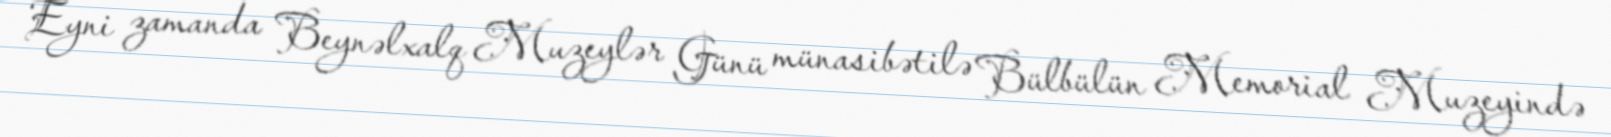
Eyni zamanda Beynəlxalq Muzeylər Günü münasibətilə Bülbülün Memorial Muzeyində